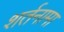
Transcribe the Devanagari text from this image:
शर्तनामा